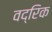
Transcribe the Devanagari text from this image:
वद्रिक